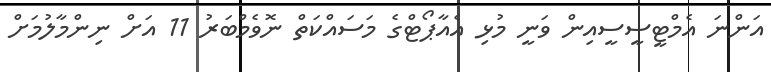
އަންނަ އެމްްޓީސީސީއިން ވަނީ މުޅި އެއާޕޯޓްގެ މަސައްކަތް ނޮވެމްބަރު 11 އަށް ނިންމާލުމަށް